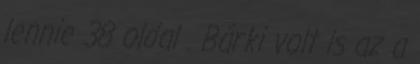
lennie 38 oldal . Bárki volt is az a